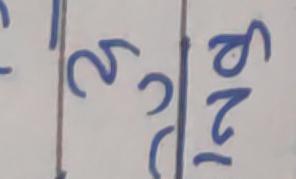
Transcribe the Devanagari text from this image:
२ ३ १९